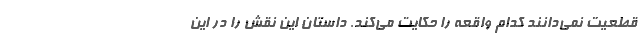
قطعیت نمی‌دانند کدام واقعه را حکایت می‌کند. داستان این نقش را در این